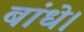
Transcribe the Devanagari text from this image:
बांधे।